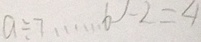
a \div 7 \cdots 6 - 2 = 4